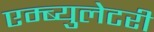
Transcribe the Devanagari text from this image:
एम्ब्युलेटरी